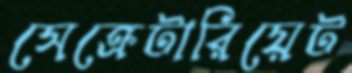
সেক্রেটারিয়েট